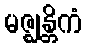
မဇ္ဈန္တိကံ